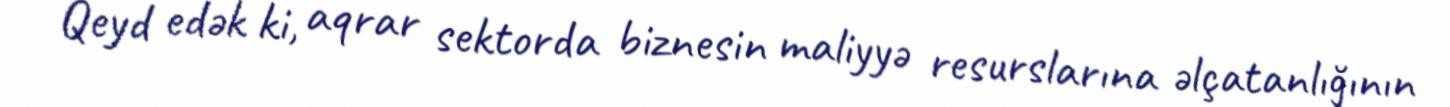
Qeyd edək ki, aqrar sektorda biznesin maliyyə resurslarına əlçatanlığının